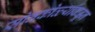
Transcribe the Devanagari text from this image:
सोनकोळ्यांकडून